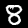
Label: 8